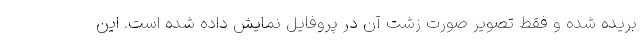
بریده شده و فقط تصویر صورت زشت آن در پروفایل نمایش داده شده است. این